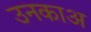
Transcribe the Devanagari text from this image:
उनकाअ